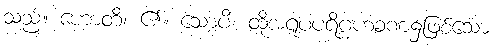
သည်။ ဟောတိ၊ ၏။ သောပိ၊ ထိုအရူပပရိဂ္ဂဟခဏ၌ဖြစ်သော